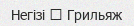
Негізі ─ Грильяж